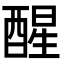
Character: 醒